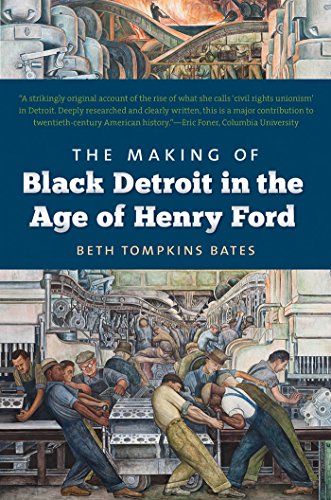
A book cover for The Making of Black Detroit in the Age of Henry Ford; Beth Tompkins Bates; Engineering & Transportation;